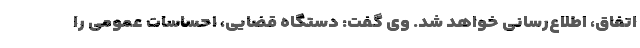
اتفاق، اطلاع‌رسانی خواهد شد. وی گفت: دستگاه قضایی، احساسات عمومی را